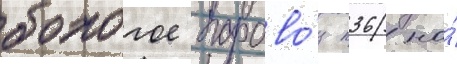
бологое парово́з п36 на́